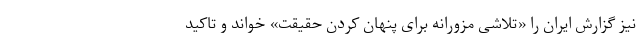
نیز گزارش ایران را «تلاشی مزورانه برای پنهان کردن حقیقت» خواند و تاکید